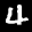
Label: 4